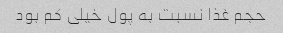
حجم غذا نسبت به پول خیلی کم بود